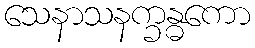
သေနာသနက္ခန္ဓကော